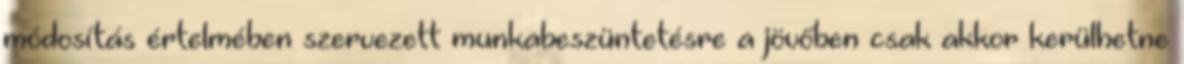
módosítás értelmében szervezett munkabeszüntetésre a jövőben csak akkor kerülhetne